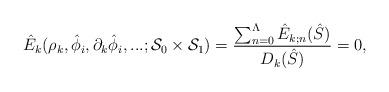
LaTeX: \begin{align*}\hat{E}_k(\rho_k,\hat{\phi}_i,\partial_k\hat{\phi}_i,...;{\cal S}_0\times{\cal S}_1)={\sum_{n=0}^{\Lambda}\hat{E}_{k;n}(\hat{S}) \over D_k(\hat{S}) }=0,\end{align*}